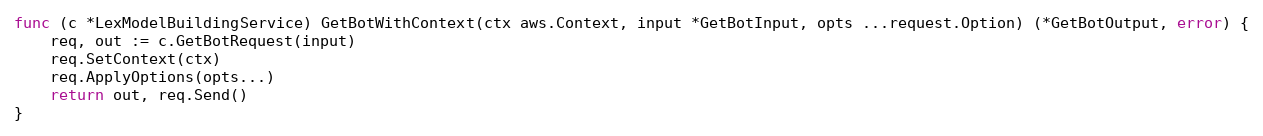
Language: Go
func (c *LexModelBuildingService) GetBotWithContext(ctx aws.Context, input *GetBotInput, opts ...request.Option) (*GetBotOutput, error) {
	req, out := c.GetBotRequest(input)
	req.SetContext(ctx)
	req.ApplyOptions(opts...)
	return out, req.Send()
}